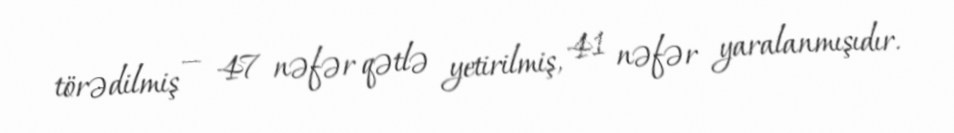
törədilmiş — 47 nəfər qətlə yetirilmiş, 41 nəfər yaralanmışıdır.